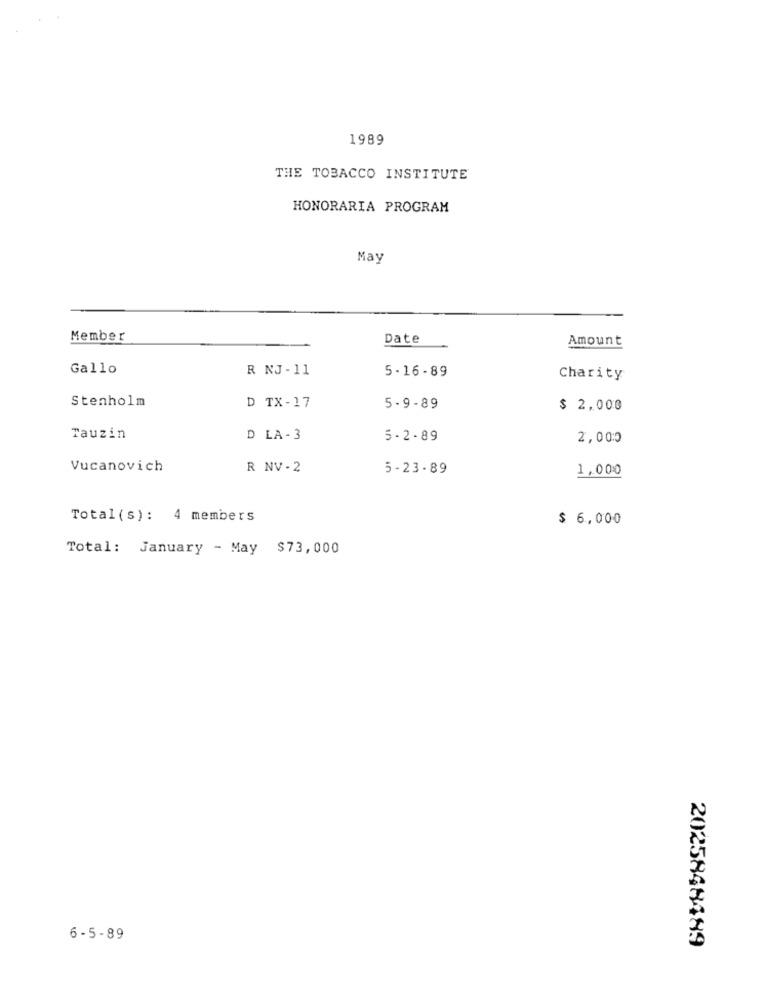
1989
THE TOBACCO INSTITUTE
HONORARIA PROGRAM
May
Member
Date
Amount
Gallo
R NJ - 11
5 - 16 - 89
Charity
Stenholm
D TX- 17
5 - 9 - 89
$ 2,000
Tauzin
D LA - 3
5-2.89
2,000
Vucanovich
R NV-2
5- 23. 89
1.000
Total (s): 4 members
$ 6,000
Total: January - May $73,000
6- 5-89
2025848489